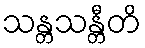
သန္တသန္တီတိ